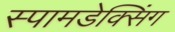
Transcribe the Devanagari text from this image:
स्पामडेक्सिंग